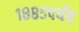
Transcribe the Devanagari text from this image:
१८८५पर्यंत